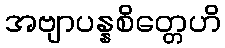
အဗျာပန္နစိတ္တေဟိ